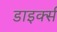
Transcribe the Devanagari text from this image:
डाइर्क्स